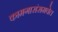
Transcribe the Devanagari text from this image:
कामगारांसमवेत